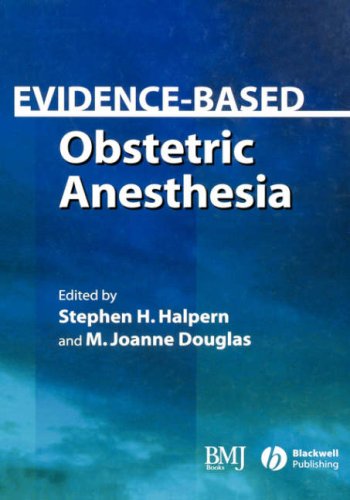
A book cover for Evidence-Based Obstetric Anesthesia; Medical Books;